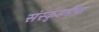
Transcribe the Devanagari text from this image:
संस्कृउतीचा